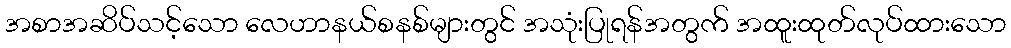
အစာအဆိပ်သင့်သော လေဟာနယ်စနစ်များတွင် အသုံးပြုရန်အတွက် အထူးထုတ်လုပ်ထားသော